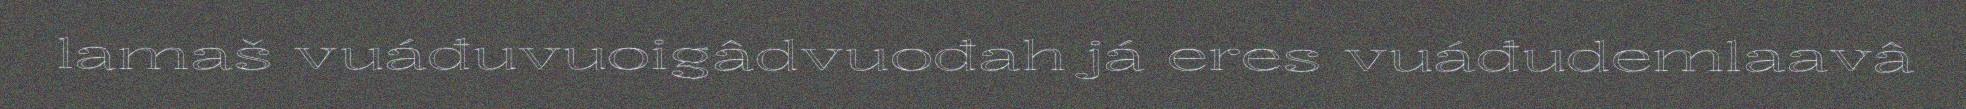
lamaš vuáđuvuoigâdvuođah já eres vuáđudemlaavâ